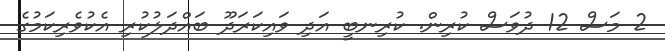
2 މަސް 12 ދުވަސް ކުރިން. ކުރިނބީ އަދި ވައިކަރަދޫ ބައްދަލުކުރި އެކުވެރިކަމުގެ